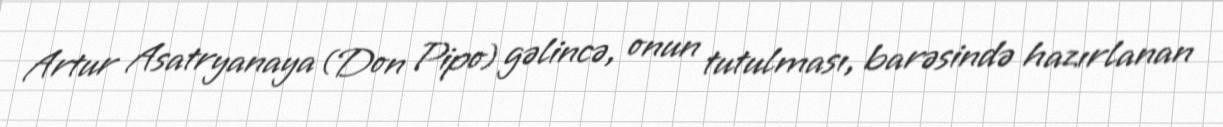
Artur Asatryanaya (Don Pipo) gəlincə, onun tutulması, barəsində hazırlanan